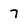
Character: 7